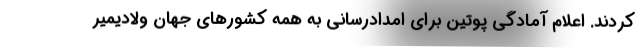
کردند. اعلام آمادگی پوتین برای امدادرسانی به همه کشورهای جهان ولادیمیر